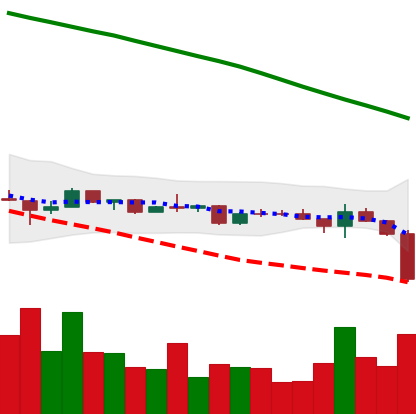
Ticker: ETC-USD
Chart end date: 2022-12-16
Forward return: 4.358%
Label: up_3_5